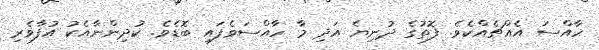
ހާއްސަ އެއްޗެއްކެވެ. ފޮތުގެ ދުނިޔެ އަދި މާ ހާއްސަވެފައި ބޮޑެވެ. ކުދިންނާއެކު އުފާވެރި